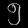
Digit: ၅